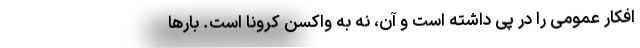
افکار عمومی را در پی داشته است و آن، نه به واکسن کرونا است. بارها